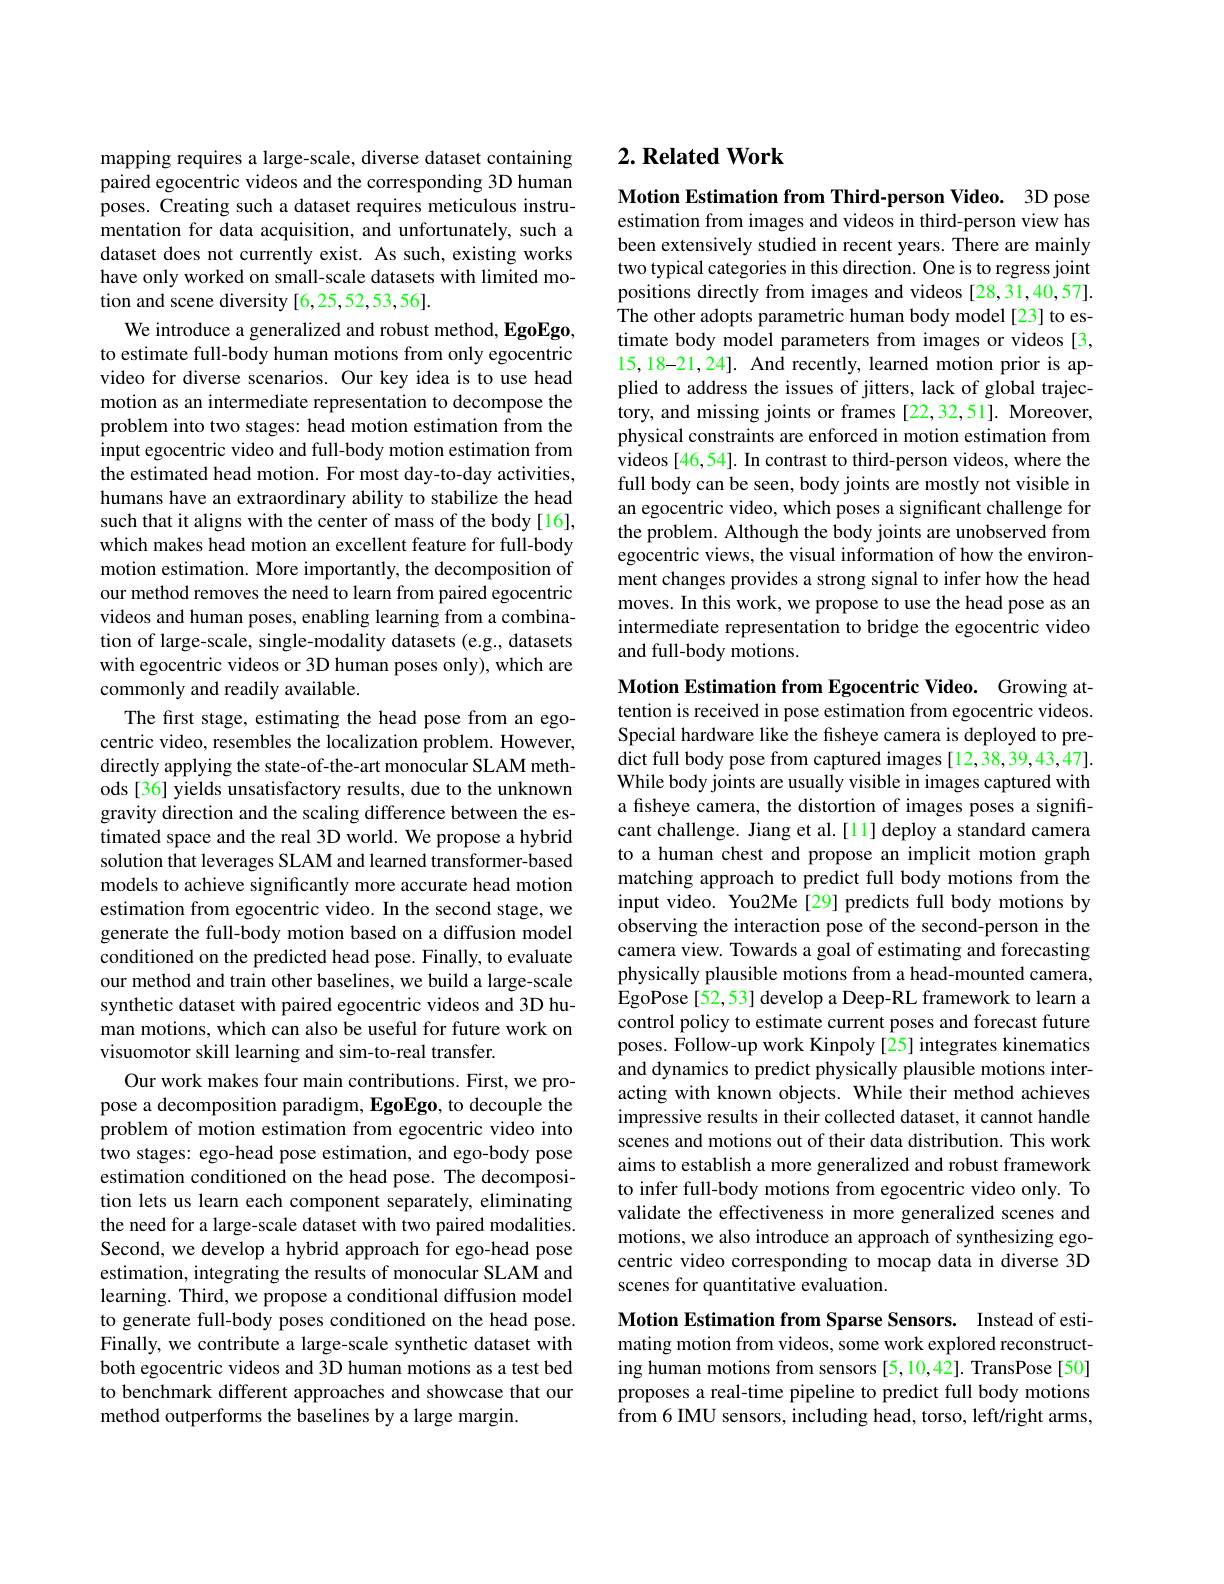
mapping requires a large-scale, diverse dataset containing paired egocentric videos and the corresponding 3D human poses. Creating such a dataset requires meticulous instrumentation for data acquisition, and unfortunately, such a dataset does not currently exist. As such, existing works have only worked on small-scale datasets with limited motion and scene diversity [6,25,52,53,56].

We introduce a generalized and robust method, EgoEgo, to estimate full-body human motions from only egocentric video for diverse scenarios. Our key idea is to use head motion as an intermediate representation to decompose the problem into two stages: head motion estimation from the input egocentric video and full-body motion estimation from the estimated head motion. For most day-to-day activities, humans have an extraordinary ability to stabilize the head such that it aligns with the center of mass of the body [16], which makes head motion an excellent feature for full-body motion estimation. More importantly, the decomposition of our method removes the need to learn from paired egocentric videos and human poses, enabling learning from a combination of large-scale, single-modality datasets (e.g., datasets with egocentric videos or 3D human poses only), which are commonly and readily available.
The first stage, estimating the head pose from an egocentric video, resembles the localization problem. However, directly applying the state-of-the-art monocular SLAM methods [36] yields unsatisfactory results, due to the unknown gravity direction and the scaling difference between the estimated space and the real 3D world. We propose a hybrid solution that leverages SLAM and learned transformer-based models to achieve significantly more accurate head motion estimation from egocentric video. In the second stage, we generate the full-body motion based on a diffusion model conditioned on the predicted head pose. Finally, to evaluate our method and train other baselines, we build a large-scale synthetic dataset with paired egocentric videos and 3D human motions, which can also be useful for future work on visuomotor skill learning and sim-to-real transfer.
Our work makes four main contributions. First, we propose a decomposition paradigm, EgoEgo, to decouple the problem of motion estimation from egocentric video into two stages: ego-head pose estimation, and ego-body pose estimation conditioned on the head pose. The decomposition lets us learn each component separately, eliminating the need for a large-scale dataset with two paired modalities. Second, we develop a hybrid approach for ego-head pose estimation, integrating the results of monocular SLAM and learning. Third, we propose a conditional diffusion model to generate full-body poses conditioned on the head pose. Finally, we contribute a large-scale synthetic dataset with both egocentric videos and 3D human motions as a test bed to benchmark different approaches and showcase that our method outperforms the baselines by a large margin

# 2. Related Work

Motion Estimation from Third-person Video. 3D pose estimation from images and videos in third-person view has been extensively studied in recent years. There are mainly two typical categories in this direction. One is to regress joint positions directly from images and videos [28,31,40,57] The other adopts parametric human body model[23] to estimate body model parameters from images or videos [3, 15,18-21,24]. And recently, learned motion prior is applied to address the issues of jitters, lack of global trajectory, and missing joints or frames [22,32,51]. Moreover, physical constraints are enforced in motion estimation from videos [46,54]. In contrast to third-person videos, where the full body can be seen, body joints are mostly not visible in an egocentric video, which poses a significant challenge for the problem. Although the body joints are unobserved from egocentric views, the visual information of how the environment changes provides a strong signal to infer how the head moves. In this work, we propose to use the head pose as an intermediate representation to bridge the egocentric video and full-body motions.

Motion Estimation from Egocentric Video. Growing attention is received in pose estimation from egocentric videos. Special hardware like the fisheye camera is deployed to predict full body pose from captured images [12,38,39,43,47]. While body joints are usually visible in images captured with a fisheye camera, the distortion of images poses a significant challenge. Jiang et al.[1] deploy a standard camera to a human chest and propose an implicit motion graph matching approach to predict full body motions from the input video. You2Me[29] predicts full body motions by observing the interaction pose of the second-person in the camera view. Towards a goal of estimating and forecasting physically plausible motions from a head-mounted camera, EgoPose [52,53] develop a Deep-RL framework to learn a control policy to estimate current poses and forecast future poses. Follow-up work Kinpoly [25] integrates kinematics and dynamics to predict physically plausible motions interacting with known objects. While their method achieves impressive results in their collected dataset, it cannot handle scenes and motions out of their data distribution. This work aims to establish a more generalized and robust framework to infer full-body motions from egocentric video only. To validate the effectiveness in more generalized scenes and motions, we also introduce an approach of synthesizing egocentric video corresponding to mocap data in diverse 3D scenes for quantitative evaluation.
Motion Estimation from Sparse Sensors. Instead of esti-

mating motion from videos, some work explored reconstructing human motions from sensors [5,10,42]. TransPose [50] proposes a real-time pipeline to predict full body motions from 6 IMU sensors, including head, torso, left/right arms,